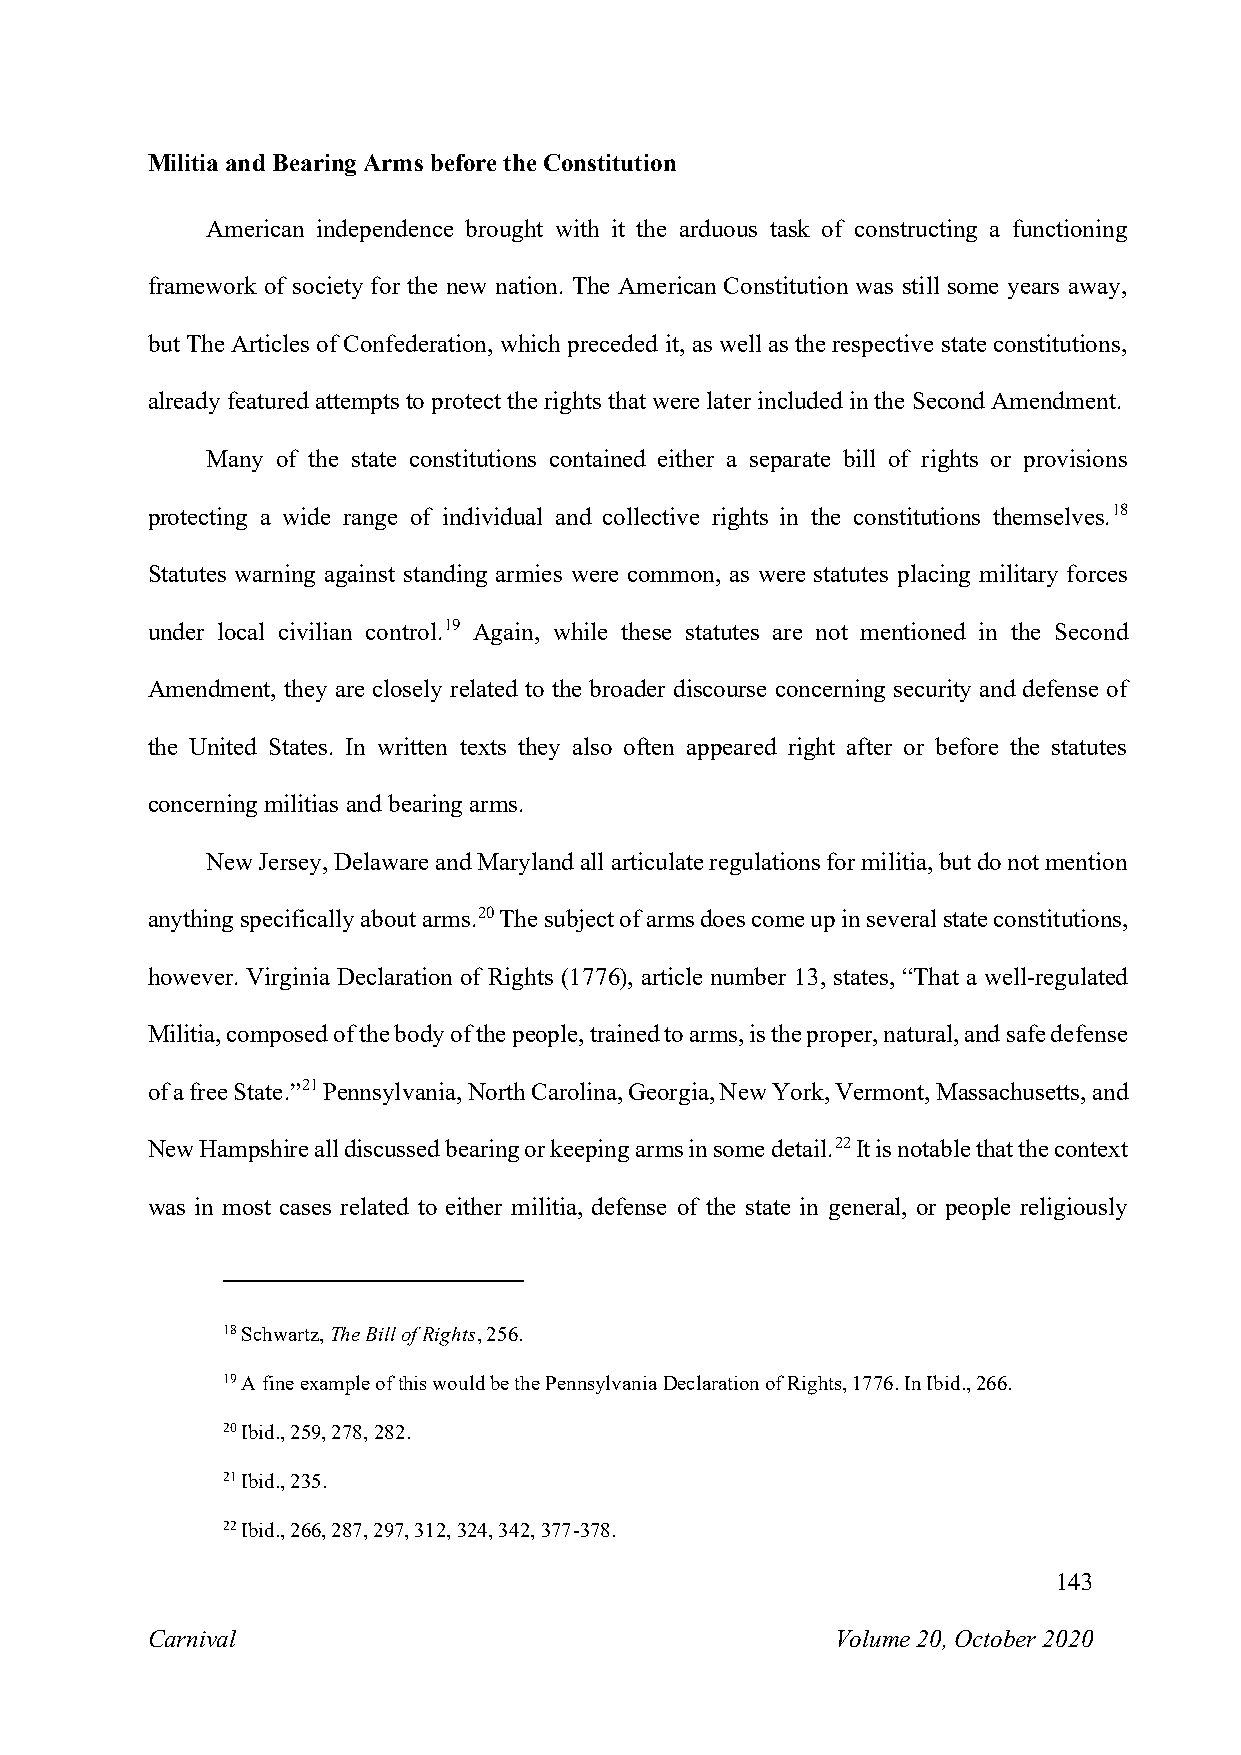
Militia and Bearing Arms before the Constitution
 American independence brought with it the arduous task of constructing a functioning
 framework of society for the new nation. The American Constitution was still some years away,
 but The Articles of Confederation, which preceded it, as well as the respective state constitutions,
 already featured attempts to protect the rights that were later included in the Second Amendment.
 Many of the state constitutions contained either a separate bill of rights or provisions
 protecting a wide range of individual and collective rights in the constitutions themselves.18
 Statutes warning against standing armies were common, as were statutes placing military forces
 under local civilian control.19 Again, while these statutes are not mentioned in the Second
 Amendment, they are closely related to the broader discourse concerning security and defense of
 the United States. In written texts they also often appeared right after or before the statutes
 concerning militias and bearing arms.
 New Jersey, Delaware and Maryland all articulate regulations for militia, but do not mention
 anything specifically about arms.20 The subject of arms does come up in several state constitutions,
 however. Virginia Declaration of Rights (1776), article number 13, states, “That a well-regulated
 Militia, composed of the body of the people, trained to arms, is the proper, natural, and safe defense
 of a free State.”21 Pennsylvania, North Carolina, Georgia, New York, Vermont, Massachusetts, and
 New Hampshire all discussed bearing or keeping arms in some detail.22 It is notable that the context
 was in most cases related to either militia, defense of the state in general, or people religiously
 18 Schwartz, The Bill of Rights, 256.
 19 A fine example of this would be the Pennsylvania Declaration of Rights, 1776. In Ibid., 266.
 20 Ibid., 259, 278, 282.
 21 Ibid., 235.
 22 Ibid., 266, 287, 297, 312, 324, 342, 377-378.
 143
 Carnival                                     Volume 20, October 2020